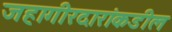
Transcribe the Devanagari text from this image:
जहागीरदारांकडील